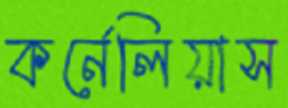
কর্নেলিয়াস